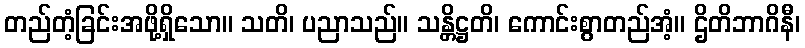
တည်တံ့ခြင်းအဖို့ရှိသော။ သတိ၊ ပညာသည်။ သန္တိဋ္ဌတိ၊ ကောင်းစွာတည်အံ့။ ဌိတိဘာဂိနီ၊